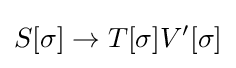
S[\sigma ]\to T[\sigma ]V^{\prime }[\sigma ]